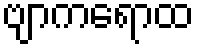
ဗျာကရောထ